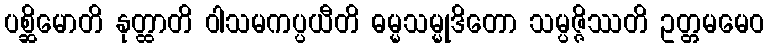
ပစ္ဆိမောတိ နုတ္ထာတိ ဝါသမကပ္ပယီတိ ဓမ္မသမ္မုဒိတော သမ္ပဇ္ဇိဿတိ ဥတ္တမမေဝ